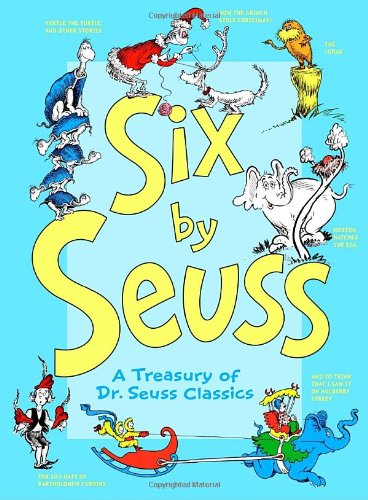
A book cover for Six by Seuss: A Treasury of Dr. Seuss Classics; Dr. Seuss; Children's Books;